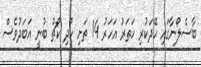
ބާސެލޯނާގައި ހޭދަކުރި ހަތަރު އަހަރު 14 ތަށި ހޯދި ކޯޗު ބުނީ އަބަދުވެސް